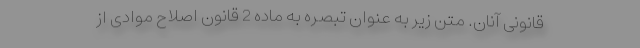
قانونی آنان. متن زیر به عنوان تبصره به ماده 2 قانون اصلاح موادی از